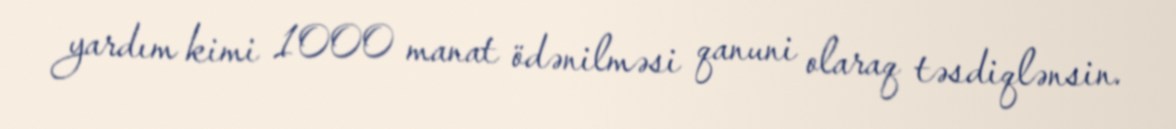
yardım kimi 1000 manat ödənilməsi qanuni olaraq təsdiqlənsin.